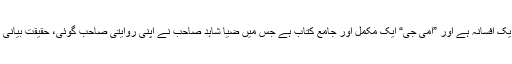
وجہ ایک تو یہ ہے کہ ”ماں جی“ ایک افسانہ ہے اور ”امی جی“ ایک مکمل اور جامع کتاب ہے جس میں ضیا شاہد صاحب نے اپنی روایتی صاحب گوئی، حقیقت بیانی اور انتہائی سادگی سے کام لیا ہے۔